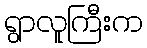
ရွာလူကြီးက